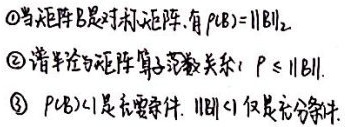
\textcircled{1}当矩阵\(B\)是对称矩阵，有\(\rho(B)=\|B\|_{2}\)。
\textcircled{2}谱半径与矩阵算子范数关系：\(\rho\leq \|B\|\)。
\textcircled{3}\(\rho(B)<1\)是充要条件，\(\|B\|<1\)仅是充分条件。